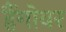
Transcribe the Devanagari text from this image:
हैंगोवर